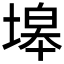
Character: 𱗤